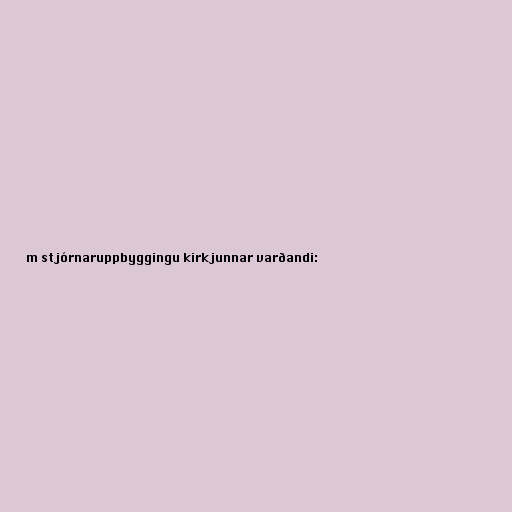
m stjórnaruppbyggingu kirkjunnar varðandi: